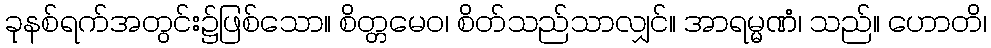
ခုနစ်ရက်အတွင်း၌ဖြစ်သော။ စိတ္တမေဝ၊ စိတ်သည်သာလျှင်။ အာရမ္မဏံ၊ သည်။ ဟောတိ၊